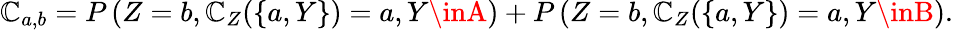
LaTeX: \mathbb{C}_{a,b}=P\left(Z=b,\mathcal{{\mathbb{C}}}_{Z}(\{ a,Y\} )=a,Y\inA\right)+P\left(Z=b,\mathcal{{\mathbb{C}}}_{Z}(\{ a,Y\} )=a,Y\inB\right).